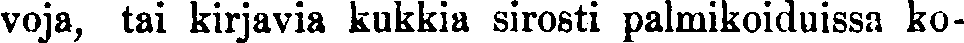
voja, tai kirjavia kukkia sirosti palmikoiduissa ko-